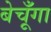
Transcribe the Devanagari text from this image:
बेचूँगा